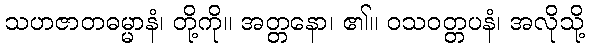
သဟဇာတဓမ္မာနံ၊ တို့ကို။ အတ္တနော၊ ၏။ ဝသဝတ္တပနံ၊ အလိုသို့